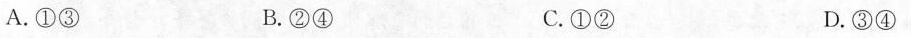
A.①③ B.②④ C.①② D.③④